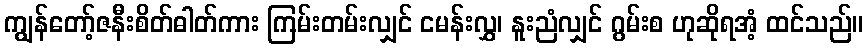
ကျွန်တော့်ဇနီးစိတ်ဓါတ်ကား ကြမ်းတမ်းလျှင် ငမန်းလွှ၊ နူးညံလျှင် ဂွမ်းစ ဟုဆိုရအံ့ ထင်သည်။